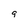
Character: q